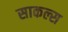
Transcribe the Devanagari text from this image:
साकल्स